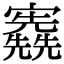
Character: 𡬃